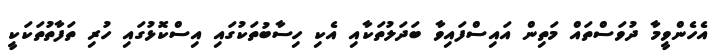
އެހެންވީމާ ދުވަސްތައް މަތިން އައިސްފައިވާ ބަދަލުތަކާއި އެކި ހިސާބުތަކުގައި އިސްކޮޅުގައި ހުރި ތަފާތުތަކަކީ